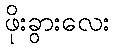
ဖိုးခွားလေး